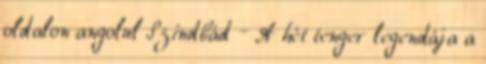
oldalon angolul Szindbád – A hét tenger legendája a